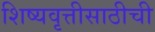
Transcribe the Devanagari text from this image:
शिष्यवृत्तीसाठीची